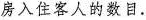
房入住客人的数目.